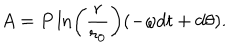
A = P \ln \left( \frac { r } { r _ { 0 } } \right) ( - \omega d t + d \theta ) .